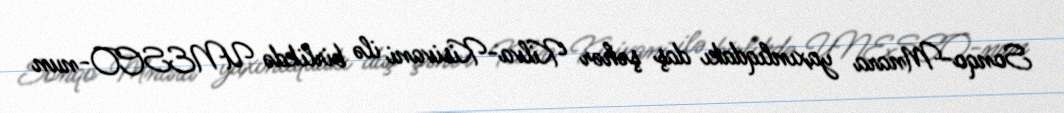
Sonqo-Mnara yaxınlıqdakı daş şəhər Kilva-Kisivani ilə birlikdə UNESCO-nun